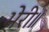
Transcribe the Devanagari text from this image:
भेरी॥